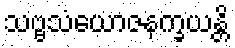
သဗ္ဗသံယောဇနက္ခယန္တိ